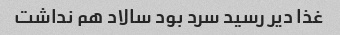
غذا دیر رسید سرد بود سالاد هم نداشت